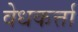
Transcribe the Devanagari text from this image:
वेधकर्त्ता